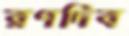
রণদিব